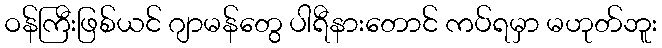
ဝန်ကြီးဖြစ်ယင် ဂျာမန်တွေ ပါရီနားတောင် ကပ်ရမှာ မဟုတ်ဘူး